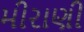
મીરાણી